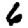
Digit: 6